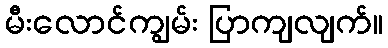
မီးလောင်ကျွမ်း ပြာကျလျက်။